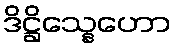
ဒိဋ္ဌိသ္နေဟော